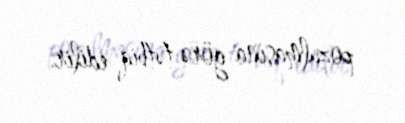
pozulmasına görə tətbiq edilir.